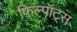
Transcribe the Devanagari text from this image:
फ़िल्पॉट्स